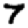
Digit: 7